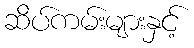
ဆိပ်ကမ်းများနှင့်